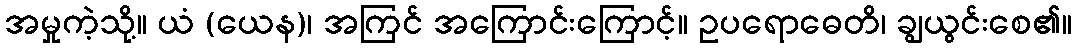
အမှုကဲ့သို့။ ယံ (ယေန)၊ အကြင် အကြောင်းကြောင့်။ ဥပရောဓေတိ၊ ချွယွင်းစေ၏။